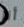
أنا